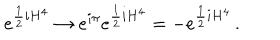
LaTeX: e ^ { \frac { 1 } { 2 } i H ^ { 4 } } \rightarrow e ^ { i \pi } e ^ { \frac { 1 } { 2 } i H ^ { 4 } } = - e ^ { \frac { 1 } { 2 } i H ^ { 4 } } \, .